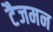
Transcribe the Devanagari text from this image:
टैजमन